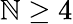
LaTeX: \mathbb{N}\ge4